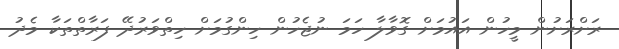
ރަށްރަށުން މީހުން އައުމަށް ގޮވާލާ ހަމަ ނުޖެހުން ހިންގުމަށް ހިތްވަރުދޭ ފަރާތްތަކާ މެދު